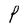
Character: P